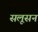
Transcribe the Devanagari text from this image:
सलूसन